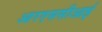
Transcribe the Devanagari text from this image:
आरएससीआई